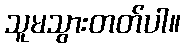
သူမသွားတတ်ပါ။